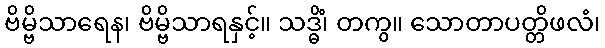
ဗိမ္ဗိသာရေန၊ ဗိမ္ဗိသာရနှင့်။ သဒ္ဓိံ၊ တကွ။ သောတာပတ္တိဖလံ၊